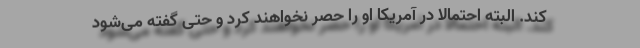
کند. البته احتمالا در آمریکا او را حصر نخواهند کرد و حتی گفته می‌شود